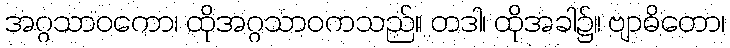
အဂ္ဂသာဝကော၊ ထိုအဂ္ဂသာဝကသည်။ တဒါ၊ ထိုအခါ၌။ ဗျာဓိတော၊